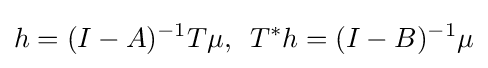
\displaystyle {h=(I-A)^{-1}T\mu ,\,\,\,T^{*}h=(I-B)^{-1}\mu }